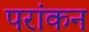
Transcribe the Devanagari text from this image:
परांकन